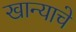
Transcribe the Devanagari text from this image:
खान्याचे